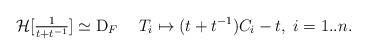
LaTeX: \begin{align*}\mathcal{H}[\tfrac{1}{t+t^{-1}}]\simeq\mathrm{D}_F\quad\;T_i\mapsto (t+t^{-1})C_i-t,\; i=1..n.\end{align*}